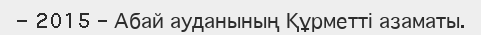
- 2015 – Абай ауданының Құрметті азаматы.